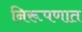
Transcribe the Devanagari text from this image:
निरूपणात